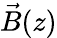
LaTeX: \vec{B}(z)